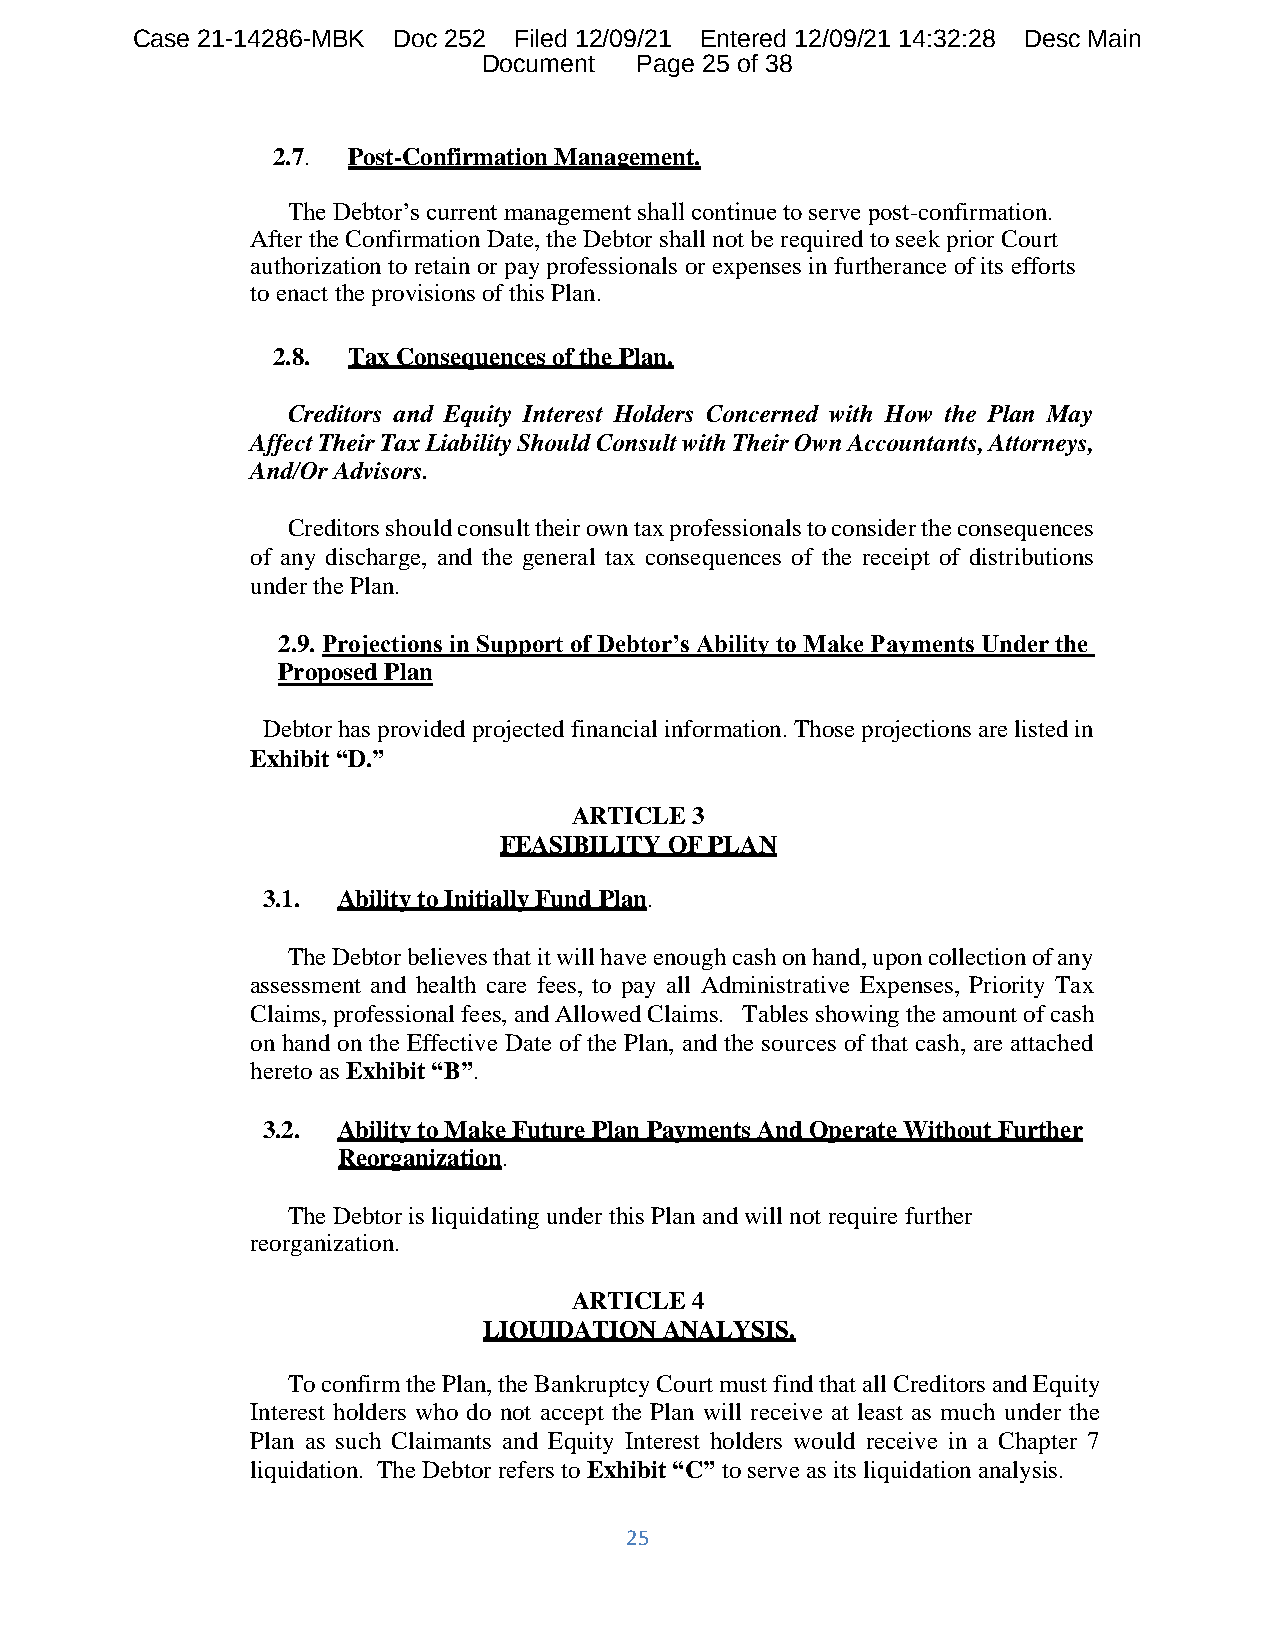
Case 21-14286-MBK Doc 252 Filed 12/09/21 Entered 12/09/21 14:32:28 Desc Main
 Document  Page 25 of 38
 2.7. Post-Confirmation Management.
 The Debtor’s current management shall continue to serve post-confirmation.
 After the Confirmation Date, the Debtor shall not be required to seek prior Court
 authorization to retain or pay professionals or expenses in furtherance of its efforts
 to enact the provisions of this Plan.
 2.8. Tax Consequences of the Plan.
 Creditors and Equity Interest Holders Concerned with How the Plan May
 Affect Their Tax Liability Should Consult with Their Own Accountants, Attorneys,
 And/Or Advisors.
 Creditors should consult their own tax professionals to consider the consequences
 of any discharge, and the general tax consequences of the receipt of distributions
 under the Plan.
 2.9. Projections in Support of Debtor’s Ability to Make Payments Under the
 Proposed Plan
 Debtor has provided projected financial information. Those projections are listed in
 Exhibit “D.”
 ARTICLE 3
 FEASIBILITY OF PLAN
 3.1. Ability to Initially Fund Plan.
 The Debtor believes that it will have enough cash on hand, upon collection of any
 assessment and health care fees, to pay all Administrative Expenses, Priority Tax
 Claims, professional fees, and Allowed Claims. Tables showing the amount of cash
 on hand on the Effective Date of the Plan, and the sources of that cash, are attached
 hereto as Exhibit “B”.
 3.2. Ability to Make Future Plan Payments And Operate Without Further
 Reorganization.
 The Debtor is liquidating under this Plan and will not require further
 reorganization.
 ARTICLE 4
 LIQUIDATION ANALYSIS.
 To confirm the Plan, the Bankruptcy Court must find that all Creditors and Equity
 Interest holders who do not accept the Plan will receive at least as much under the
 Plan as such Claimants and Equity Interest holders would receive in a Chapter 7
 liquidation. The Debtor refers to Exhibit “C” to serve as its liquidation analysis.
 25